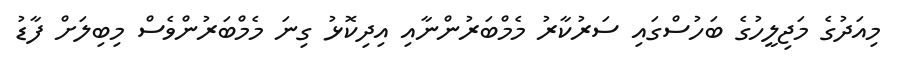
މިއަދުގެ މަޖިލީހުގެ ބަހުސްގައި ސަރުކާރު މެމްބަރުންނާއި އިދިކޮޅު ގިނަ މެމްބަރުންވެސް މިބިލަށް ފާޑު